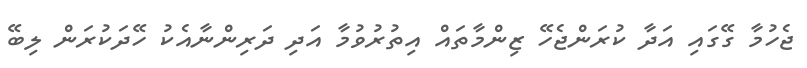
ޖެހުމާ ގޭގައި އަދާ ކުރަންޖެހޭ ޒިންމާތައް އިތުރުވުމާ އަދި ދަރިންނާއެކު ހޭދަކުރަން ލިބޭ